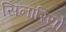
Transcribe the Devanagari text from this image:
सिनारियो